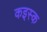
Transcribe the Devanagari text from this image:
कइस्क